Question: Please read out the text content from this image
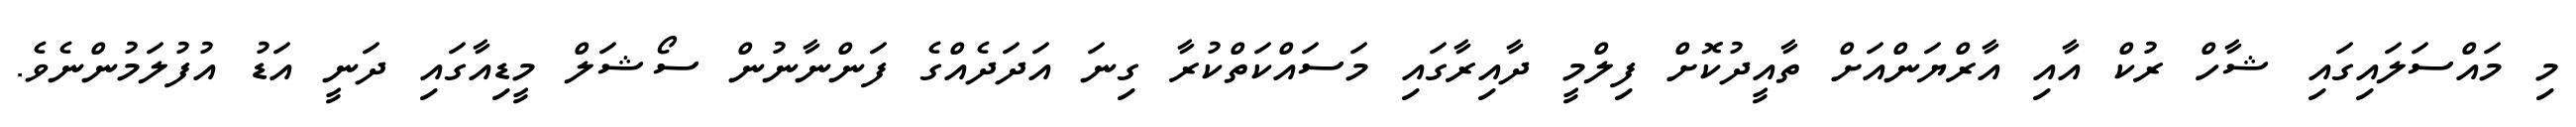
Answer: މި މައްސަލައިގައި ޝާހް ރުކް އާއި އާރްޔަންއަށް ތާއީދުކޮށް ފިލްމީ ދާއިރާގައި މަސައްކަތްކުރާ ގިނަ އަދަދެއްގެ ފަންނާނުން ސޯޝަލް މީޑިއާގައި ދަނީ އަޑު އުފުލަމުންނެވެ.